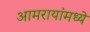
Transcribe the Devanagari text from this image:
आमरायांमध्ये